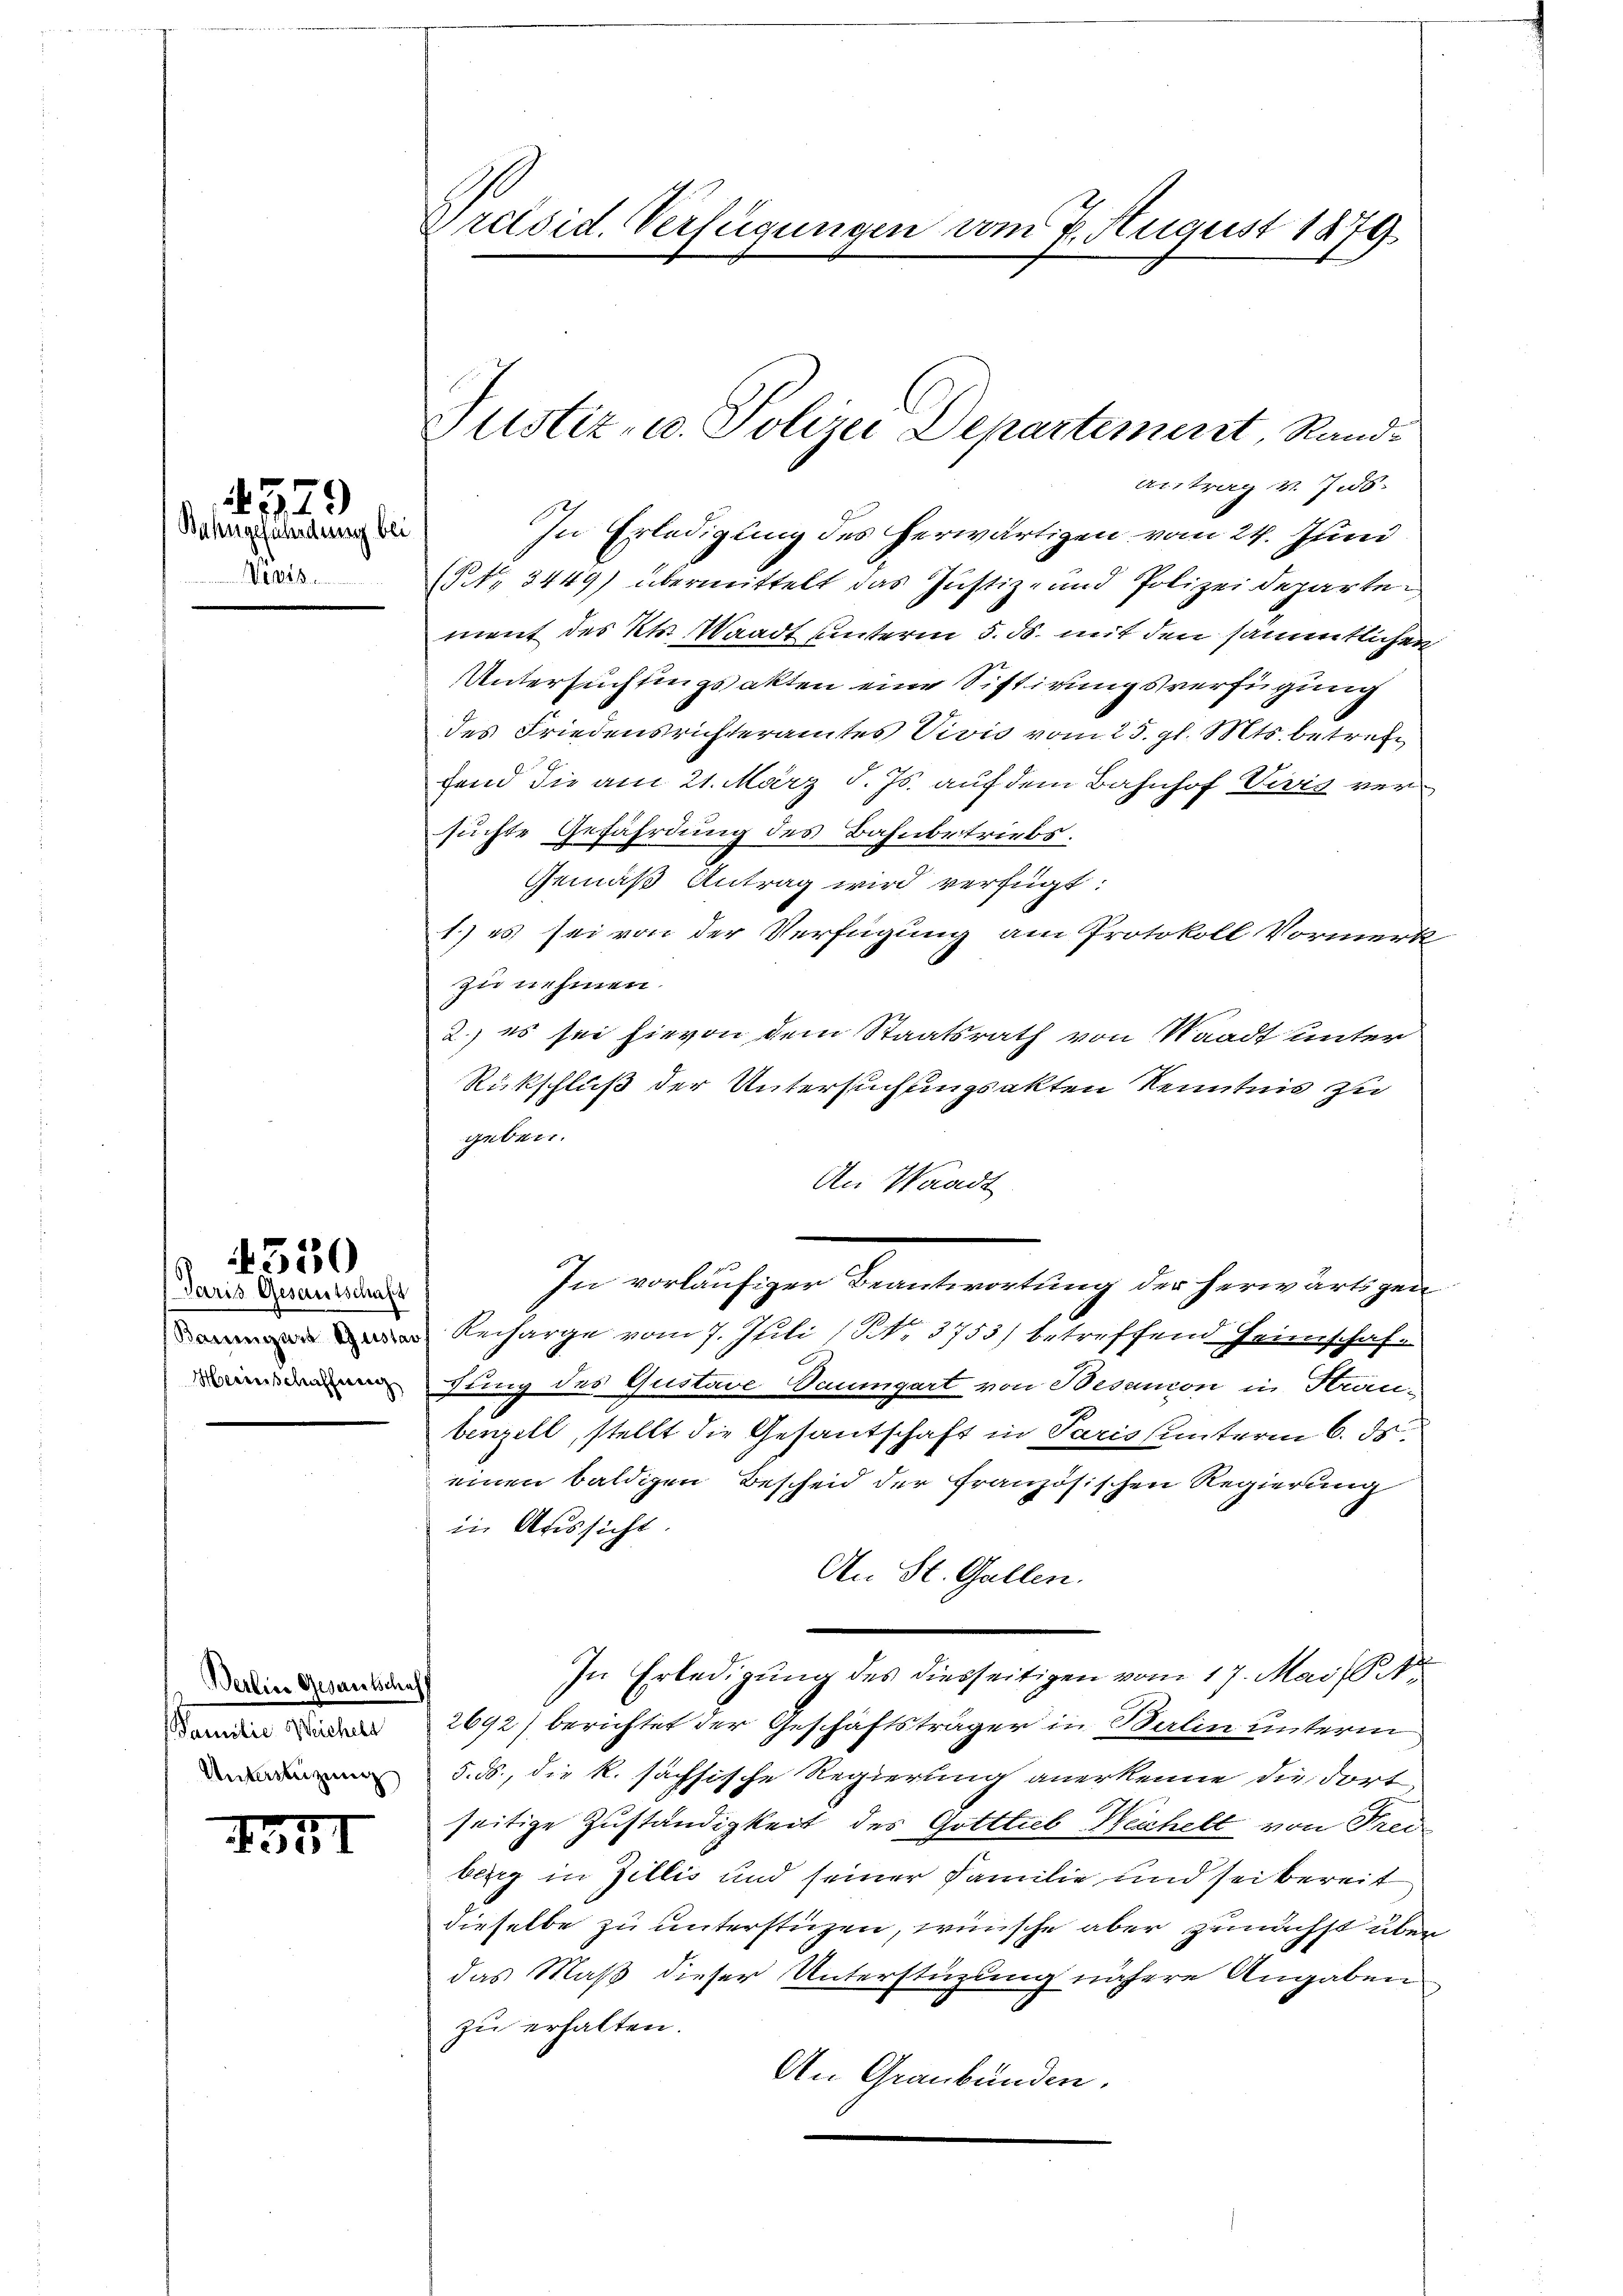
epis

1579
Bahngefährdung bei

4330

Paris Gesantschaft
Heinschaffung

Berlin Gesantschaf
Pamilie Sichels
Unterbeizung

II

Präsid. Verfügungen vom 7. August 1879

In Erledigung des herwärtigen vom 24. Juni
(NNo. 3449) übermittelt das Justiz- und Polizeidepartement des Kts. Waadt unterm 5. ds. mit den sämmtlichen
Untersuchtungsakten eine Sistirungsverfügung
des Friedensrichteramtes Vivis vom 25. gl. Mts. betreffend die am 21. März d. Js. auf dem Bahnhof Vivis versuchte Gefährdung des Bahnbetriebs.
Gemäß Antrag wird verfügt:
1.) es sei von der Verfügung am Protokoll Vormerk
zu nehmen.
2.) es sei hievon dem Staatsrath von Waadt unter
Rückschluß der Untersuchungsakten Kenntnis zu
geben.
An Waadt
In vorläufiger Beantwortung der herwärtigen
Recharge vom 7. Juli (NNo. 3753/ betreffend Heimschaf-
fung des Gustave Daumgart von Besancon in Kranbenzell, stellt die Gesantschaft in Paris unterm 6. ds.
einen baldigen Bescheid der französischen Regierung
in Aussicht.
An St. Gallen.
In Erledigung des diesseitigen vom 17. Mai 18
2692) berichtet der Geschäftsträger in Salin unterm
5. ds., die k. sächsische Regierung anerkenne die dortseitige Zuständigkeit des Gotttub Neuchelt von Freiberg in Zillis und seiner Familie und sei bereit
dieselbe zu unterstüzen, wünsche aber zunächst über
das Maß dieser Unterstüzung nähere Angaben
zu erhalten.
An Graubünden.

Justiz- u. Polize Departement Stand¬
Antrag v. Jus